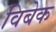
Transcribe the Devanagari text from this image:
विबेक